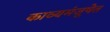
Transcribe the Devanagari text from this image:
काव्यमंजूषेत